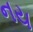
નય